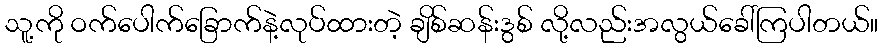
သူ့ကို ဝက်ပေါက်ခြောက်နဲ့လုပ်ထားတဲ့ ချိစ်ဆန်းဒွစ် လို့လည်းအလွယ်ခေါ်ကြပါတယ်။